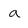
Character: a